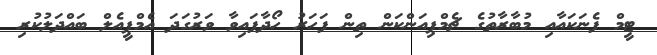
ޓީމް ފެނަކައާއި މުބާރާތުގެ ޗެމްޕިއަންކަން ތިން ފަހަރު ހޯދާފައިވާ ވަރުގަދަ އެމްޕީއެލް ބައްދަލުކުރި